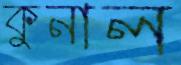
কুনাল